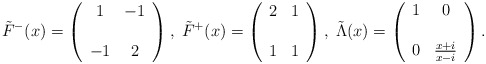
\begin{align*}\tilde{F}^{-}(x) =\left(\begin{array}{cc}1 & - 1 \\& \\- 1 & 2\end{array}\right),\; \tilde{F}^{+}(x) =\left(\begin{array}{cc}2 & 1 \\& \\ 1 & 1\end{array}\right),\; \tilde{\Lambda}(x) =\left(\begin{array}{cc}1 & 0 \\& \\0 & \frac{x + i}{x - i}\end{array}\right).\end{align*}